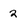
Character: 2